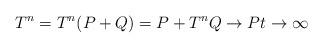
LaTeX: \begin{align*}T^n = T^n(P+Q) = P + T^nQ \to P t\to\infty\end{align*}